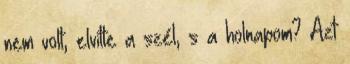
nem volt, elvitte a szél, s a holnapom? Azt